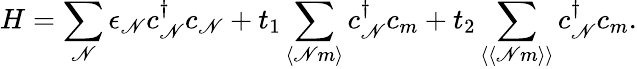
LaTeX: H=\sum_{\mathscr{N}}\epsilon_{\mathscr{N}}c_{\mathscr{N}}^{\dagger}c_{\mathscr{N}}+t_{1}\sum_{\langle\mathscr{N}m\rangle}c_{\mathscr{N}}^{\dagger}c_{m}+t_{2}\sum_{\langle\langle\mathscr{N}m\rangle\rangle}c_{\mathscr{N}}^{\dagger}c_{m}.